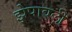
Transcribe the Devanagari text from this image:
झेपावली